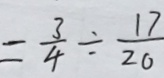
= \frac { 3 } { 4 } \times \frac { 1 7 } { 2 0 }